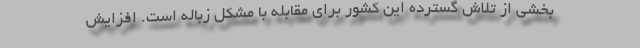
بخشی از تلاش گسترده این کشور برای مقابله با مشکل زباله است. افزایش